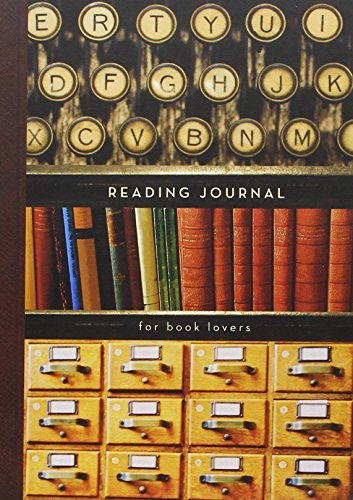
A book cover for Reading Journal: For Book Lovers; Potter Style; Literature & Fiction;